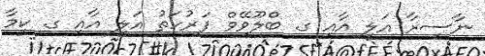
ނާސިރާ އަލީ އާއި ގ. ބްލޫވޭވް ފަރުހަތު އަލީ އާއި ގ. ކީމާ